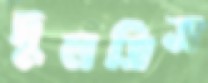
দুলতিস